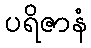
ပရိဇာနံ